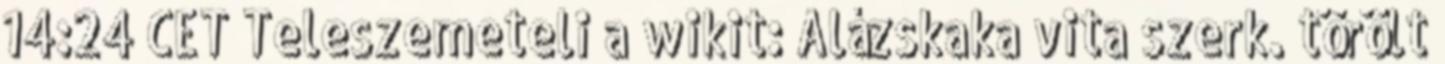
14:24 CET Teleszemeteli a wikit: Alázskaka vita szerk. törölt